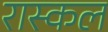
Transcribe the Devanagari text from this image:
रास्कल